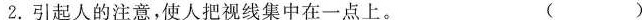
2.引起人的注意，使人把视线集中在一点上。 ( )